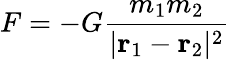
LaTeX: F=-G{\frac{m_{1}m_{2}}{|\mathbf{r}_{1}-\mathbf{r}_{2}|^{2}}}